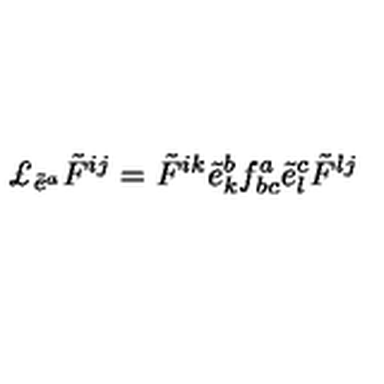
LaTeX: \pounds _ { \tilde { e } ^ { a } } \tilde { F } ^ { i j } = \tilde { F } ^ { i k } \tilde { e } _ { k } ^ { b } f _ { b c } ^ { a } \tilde { e } _ { l } ^ { c } \tilde { F } ^ { l j }